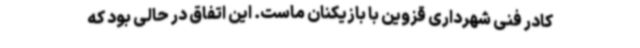
کادر فنی شهرداری قزوین با بازیکنان ماست. این اتفاق در حالی بود که